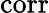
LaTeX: \mathrm{corr}